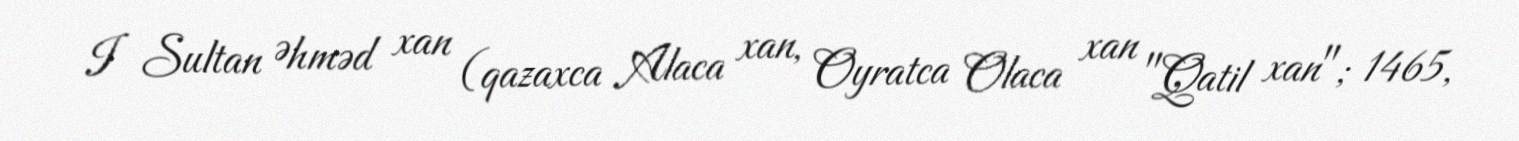
I Sultan Əhməd xan (qazaxca Alaca xan, Oyratca Olaca xan "Qatil xan"; 1465,